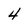
Character: 4